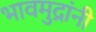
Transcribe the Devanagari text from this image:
भावमुद्रांनी